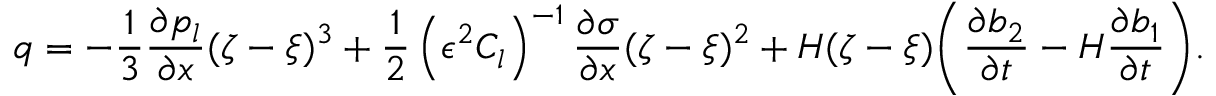
q = - \frac { 1 } { 3 } \frac { \partial p _ { l } } { \partial x } ( \zeta - \xi ) ^ { 3 } + \frac { 1 } { 2 } \left( \epsilon ^ { 2 } C _ { l } \right) ^ { - 1 } \frac { \partial \sigma } { \partial x } ( \zeta - \xi ) ^ { 2 } + H ( \zeta - \xi ) \bigg ( \frac { \partial b _ { 2 } } { \partial t } - H \frac { \partial b _ { 1 } } { \partial t } \bigg ) .